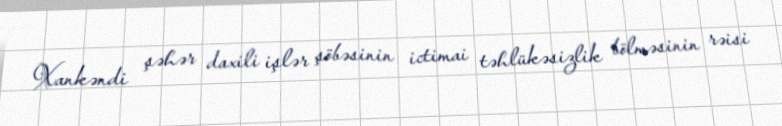
Xankəndi şəhər daxili işlər şöbəsinin ictimai təhlükəsizlik bölməsinin rəisi